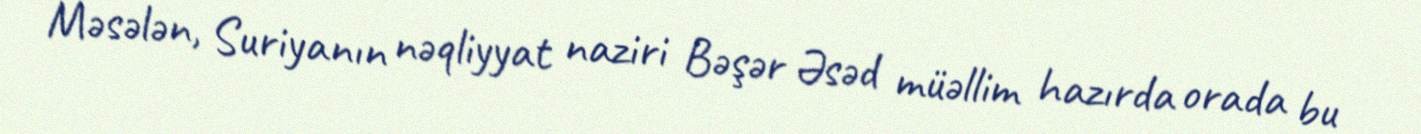
Məsələn, Suriyanın nəqliyyat naziri Bəşər Əsəd müəllim hazırda orada bu